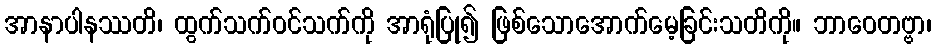
အာနာပါနဿတိ၊ ထွက်သက်ဝင်သက်ကို အာရုံပြု၍ ဖြစ်သောအောက်မေ့ခြင်းသတိကို။ ဘာဝေတဗ္ဗာ၊